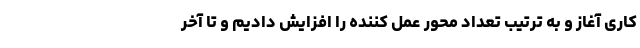
کاری آغاز و به ترتیب تعداد محور عمل کننده را افزایش دادیم و تا آخر